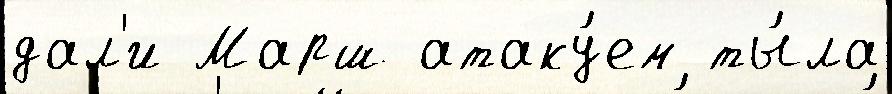
дал'и Марш атаку́ем ты́ла